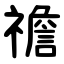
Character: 䄡